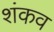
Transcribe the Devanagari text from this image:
शंकव